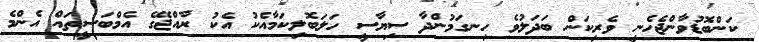
ކަންބޮޑުވާންޖެހެނީ ވެރިކަން ބަދަލުވެ ހިނގަމުންދާ ސިޔާސީ ހަލަބޮލިކަމާއެކު އެކު ރާއްޖޭގެ އެމްބަސީތައް އެންމެ